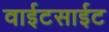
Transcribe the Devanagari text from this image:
वाईटसाईट